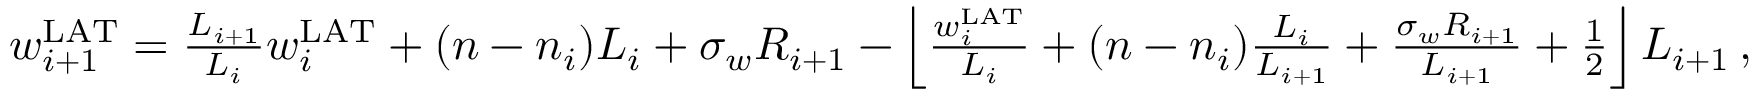
\begin{array} { r } { w _ { i + 1 } ^ { \mathrm { L A T } } = \frac { L _ { i + 1 } } { L _ { i } } w _ { i } ^ { \mathrm { L A T } } + ( n - n _ { i } ) L _ { i } + \sigma _ { w } R _ { i + 1 } - \left\lfloor \frac { w _ { i } ^ { \mathrm { L A T } } } { L _ { i } } + ( n - n _ { i } ) \frac { L _ { i } } { L _ { i + 1 } } + \frac { \sigma _ { w } R _ { i + 1 } } { L _ { i + 1 } } + \frac { 1 } { 2 } \right\rfloor L _ { i + 1 } \, , } \end{array}